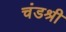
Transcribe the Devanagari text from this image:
चंडश्री